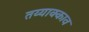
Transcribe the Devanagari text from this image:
तय्याक्काव